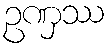
ဥဏှဿ